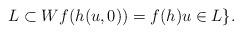
LaTeX: \begin{align*} L\subset W f(h(u,0)) = f(h)u\in L\}.\end{align*}